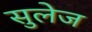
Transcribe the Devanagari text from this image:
सुलेज